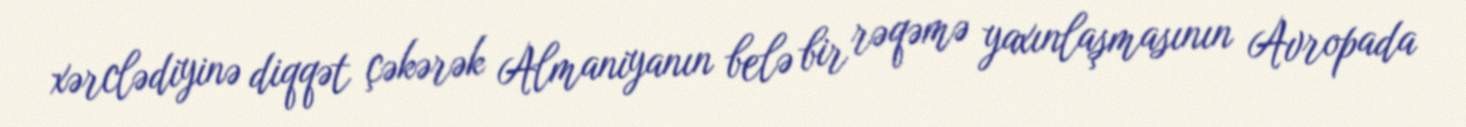
xərclədiyinə diqqət çəkərək Almaniyanın belə bir rəqəmə yaxınlaşmasının Avropada